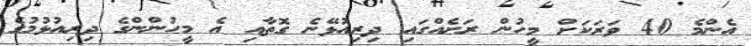
އެންމެ 40 ވަރަކަށް މީހުން ރަށެއްގައި ދިރިއުޅޭނެ ގޮތާއި އެ މީހުންންގެ ދިރިއުޅުމުގެ